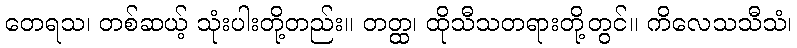
တေရသ၊ တစ်ဆယ့် သုံးပါးတို့တည်း။ တတ္ထ၊ ထိုသီသတရားတို့တွင်။ ကိလေသသီသံ၊